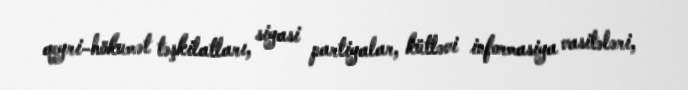
qeyri-hökumət təşkilatları, siyasi partiyalar, kütləvi informasiya vasitələri,